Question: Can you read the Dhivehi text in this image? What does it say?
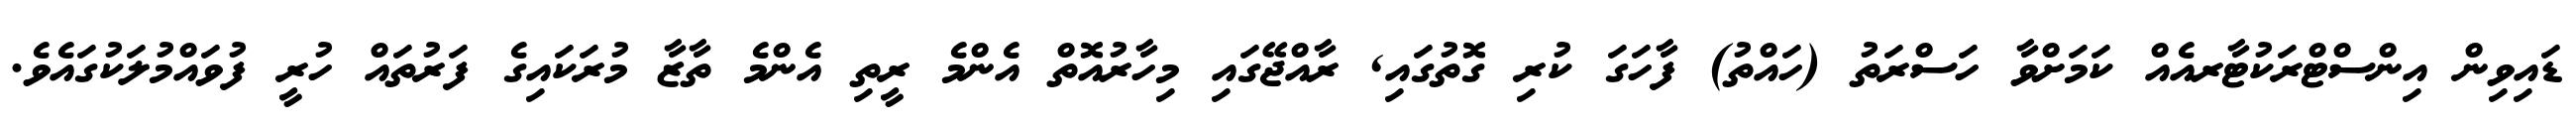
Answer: ޑައިވިން އިންސްޓްރަކުޓާރއެއް ކަމަށްވާ ހަސްރަތު (ހައްތު) ފާހަގަ ކުރި ގޮތުގައި, ރާއްޖޭގައި މިހާރުއޮތް އެންމެ ރީތި އެންމެ ތާޒާ މުރަކައިގެ ފަރުތައް ހުރީ ފުވައްމުލަކުގައެވެ.